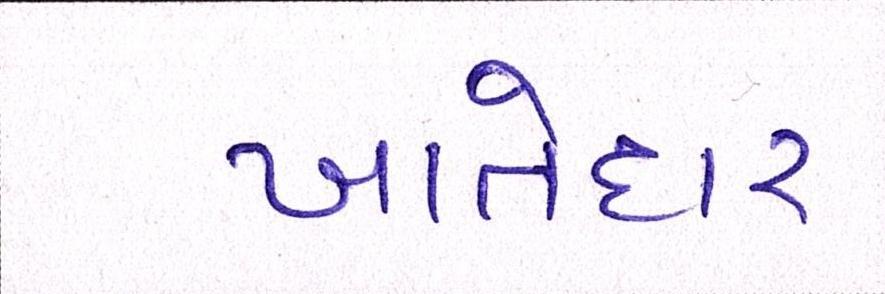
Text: ખાતેદાર